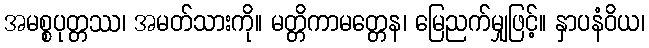
အမစ္စပုတ္တဿ၊ အမတ်သားကို။ မတ္တိကာမတ္တေန၊ မြေညက်မျှဖြင့်။ နှာပနံဝိယ၊